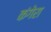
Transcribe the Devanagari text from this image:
कंगेरा